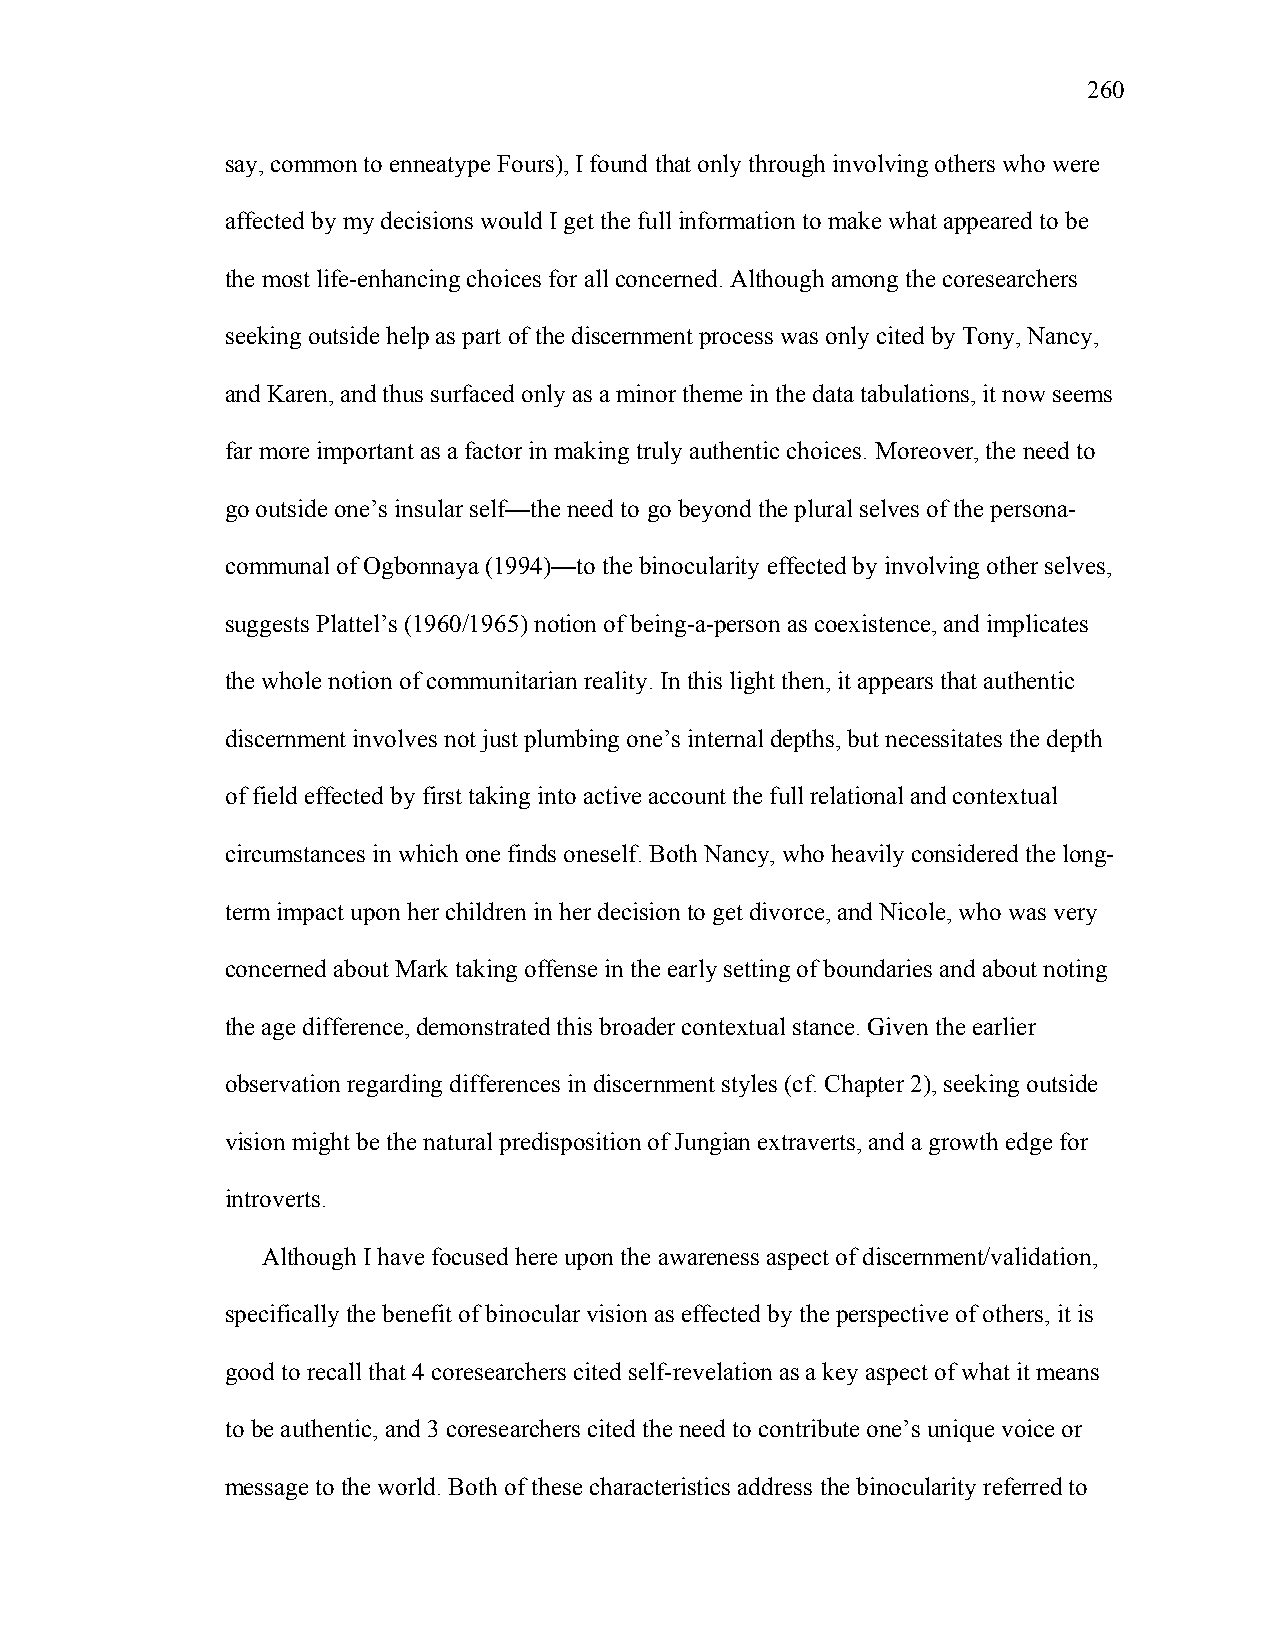
260
 say, common to enneatype Fours), I found that only through involving others who were
 affected by my decisions would I get the full information to make what appeared to be
 the most life-enhancing choices for all concerned. Although among the coresearchers
 seeking outside help as part of the discernment process was only cited by Tony, Nancy,
 and Karen, and thus surfaced only as a minor theme in the data tabulations, it now seems
 far more important as a factor in making truly authentic choices. Moreover, the need to
 go outside one’s insular self—the need to go beyond the plural selves of the persona-
 communal of Ogbonnaya (1994)—to the binocularity effected by involving other selves,
 suggests Plattel’s (1960/1965) notion of being-a-person as coexistence, and implicates
 the whole notion of communitarian reality. In this light then, it appears that authentic
 discernment involves not just plumbing one’s internal depths, but necessitates the depth
 of field effected by first taking into active account the full relational and contextual
 circumstances in which one finds oneself. Both Nancy, who heavily considered the long-
 term impact upon her children in her decision to get divorce, and Nicole, who was very
 concerned about Mark taking offense in the early setting of boundaries and about noting
 the age difference, demonstrated this broader contextual stance. Given the earlier
 observation regarding differences in discernment styles (cf. Chapter 2), seeking outside
 vision might be the natural predisposition of Jungian extraverts, and a growth edge for
 introverts.
 Although I have focused here upon the awareness aspect of discernment/validation,
 specifically the benefit of binocular vision as effected by the perspective of others, it is
 good to recall that 4 coresearchers cited self-revelation as a key aspect of what it means
 to be authentic, and 3 coresearchers cited the need to contribute one’s unique voice or
 message to the world. Both of these characteristics address the binocularity referred to